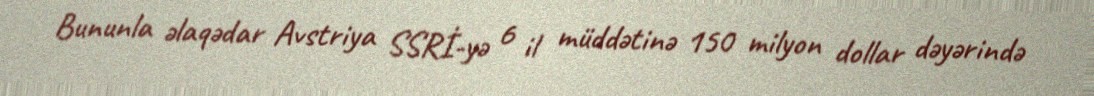
Bununla əlaqədar Avstriya SSRİ-yə 6 il müddətinə 150 milyon dollar dəyərində